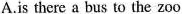
A.is there a bus to the zoo